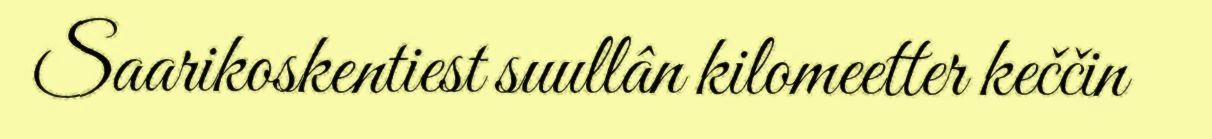
Saarikoskentiest suullân kilomeetter keččin